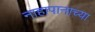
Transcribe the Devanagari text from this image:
नाहापानाच्या